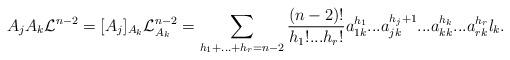
LaTeX: \begin{align*}A_{j}A_{k}\mathcal{L}^{n-2}=[A_{j}]_{A_{k}}\mathcal{L}_{A_{k}}^{n-2}=\sum_{h_{1}+...+h_{r}=n-2}\frac{(n-2)!}{h_{1}!...h_{r}!}a_{1k}^{h_{1}}...a_{jk}^{h_{j}+1}...a_{kk}^{h_{k}}...a_{rk}^{h_{r}}l_{k}. \end{align*}